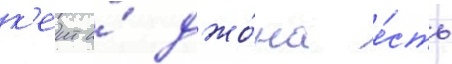
к'еит и́ джо́на е́сть